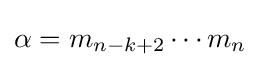
\alpha =m_{n-k+2}\cdots m_{n}